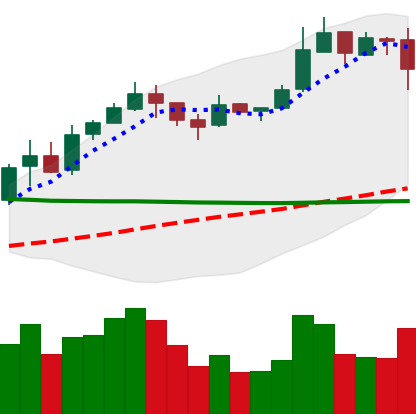
Ticker: BNB-USD
Chart end date: 2019-02-24
Forward return: 12.658%
Label: up_7plus